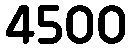
4500